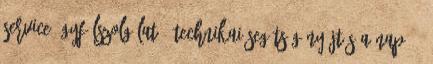
service Ügyfélszolgálat : Technikai segítség nyújtás a nap 24